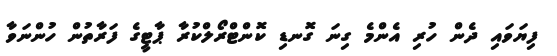
ފިޔަވައި ދެން ހުރި އެންމެ ގިނަ ގޮނޑި ކޮންޓްރޯލްކުރާ ޕާޓީގެ ފަރާތުން ހުންނަވާ